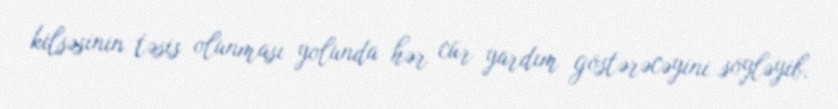
kilsəsinin təsis olunması yolunda hər cür yardım göstərəcəyini söyləyib.